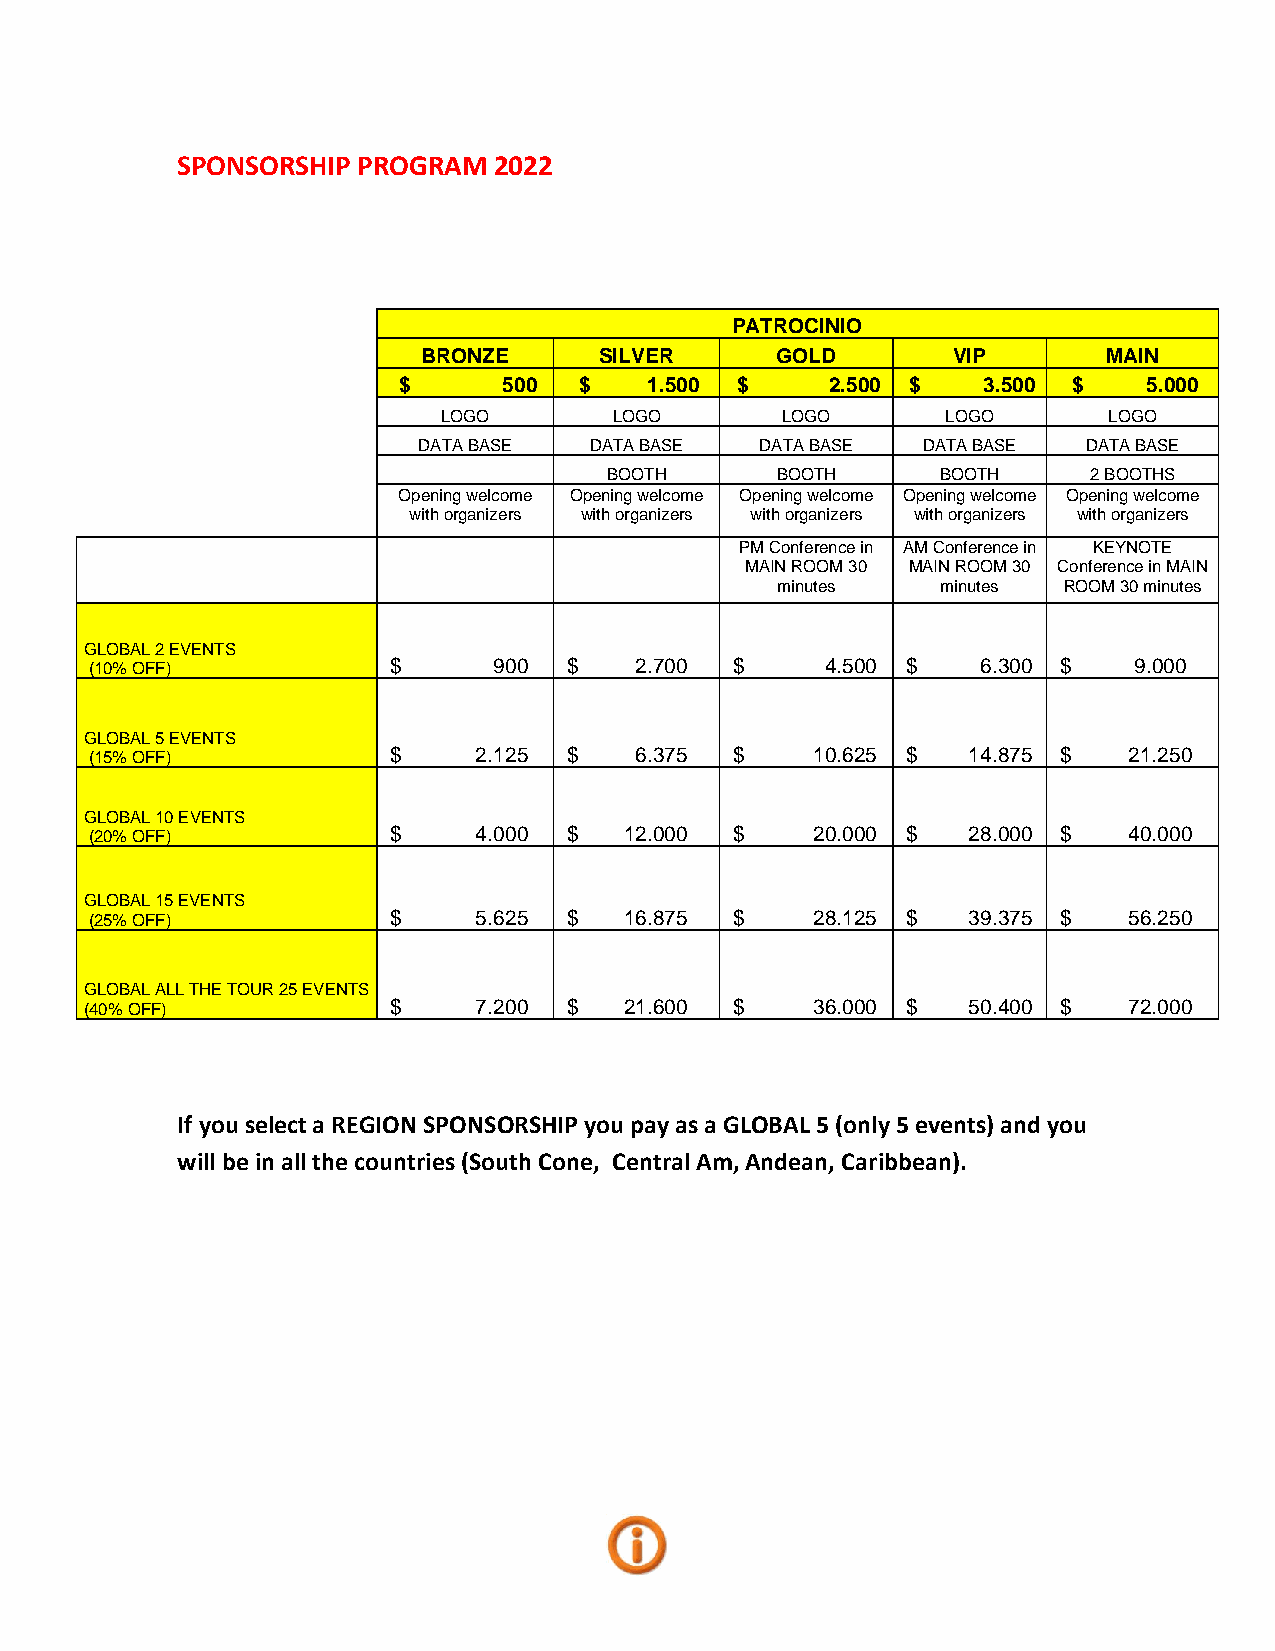
SPONSORSHIP PROGRAM  2022
 PATROCINIO
 BRONZE      SILVER     GOLD        VIP       MAIN
 $      500  $    1.500 $     2.500 $   3.500 $    5.000
 LOGO        LOGO       LOGO       LOGO      LOGO
 DATA BASE  DATA BASE  DATA BASE  DATA BASE  DATA BASE
 BOOTH      BOOTH      BOOTH     2 BOOTHS
 Opening welcome Opening welcome Opening welcome Opening welcome Opening welcome
 with organizers with organizers with organizers with organizers with organizers
 PM Conference in AM Conference in KEYNOTE
 MAIN ROOM 30 MAIN ROOM 30 Conference in MAIN
 minutes    minutes ROOM 30 minutes
 GLOBAL 2 EVENTS
 (10% OFF)           $      900  $   2.700  $     4.500 $   6.300 $   9.000
 GLOBAL 5 EVENTS
 (15% OFF)           $     2.125 $   6.375  $    10.625 $  14.875 $   21.250
 GLOBAL 10 EVENTS
 (20% OFF)           $     4.000 $  12.000  $    20.000 $  28.000 $   40.000
 GLOBAL 15 EVENTS
 (25% OFF)           $     5.625 $  16.875  $    28.125 $  39.375 $   56.250
 GLOBAL ALL THE TOUR 25 EVENTS
 (40% OFF)           $     7.200 $  21.600  $    36.000 $  50.400 $   72.000
 If you select a REGION SPONSORSHIP you pay as a GLOBAL 5 (only 5 events) and you
 will be in all the countries (South Cone, Central Am, Andean, Caribbean).